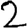
Digit: 2